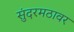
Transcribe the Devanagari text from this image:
सुंदरमठावर